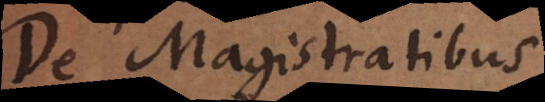
De Magistratibus.